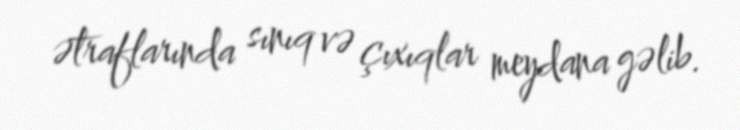
ətraflarında sınıq və çıxıqlar meydana gəlib.